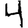
Digit: 4